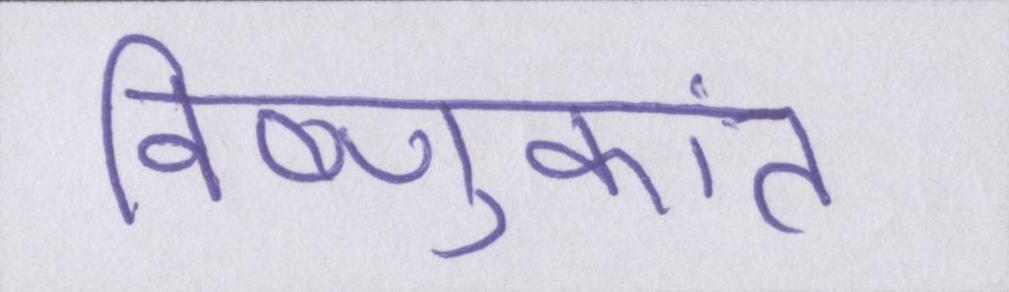
विष्णुकांत